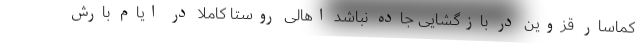
کماسار قزوین در بازگشایی جاده نباشد اهالی روستا کاملا در ایام بارش